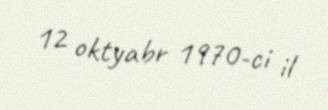
12 oktyabr 1970-ci il